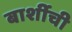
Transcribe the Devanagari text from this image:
बार्शीची